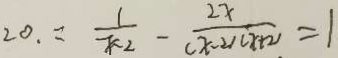
2 0 . = \frac { 1 } { x - 2 } - \frac { 2 x } { ( x - 2 ) ( x + 2 ) } = 1